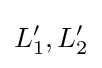
L'_{1},L'_{2}